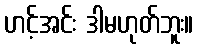
ဟင့်အင်း ဒါမဟုတ်ဘူး။